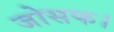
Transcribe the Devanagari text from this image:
जोसफ।